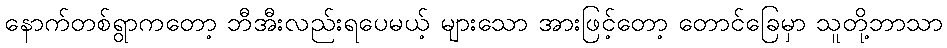
နောက်တစ်ရွာကတော့ ဘီအီးလည်းရပေမယ့် များသော အားဖြင့်တော့ တောင်ခြေမှာ သူတို့ဘာသာ